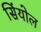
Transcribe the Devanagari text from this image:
सिंयोल